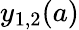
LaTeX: y_{1,2}(a)